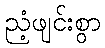
ညံ့ဖျင်းစွာ